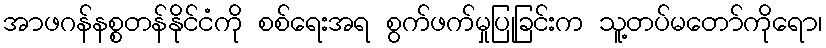
အာဖဂန်နစ္စတန်နိုင်ငံကို စစ်ရေးအရ စွက်ဖက်မှုပြုခြင်းက သူ့တပ်မတော်ကိုရော၊